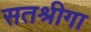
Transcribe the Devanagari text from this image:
सतश्रीगा